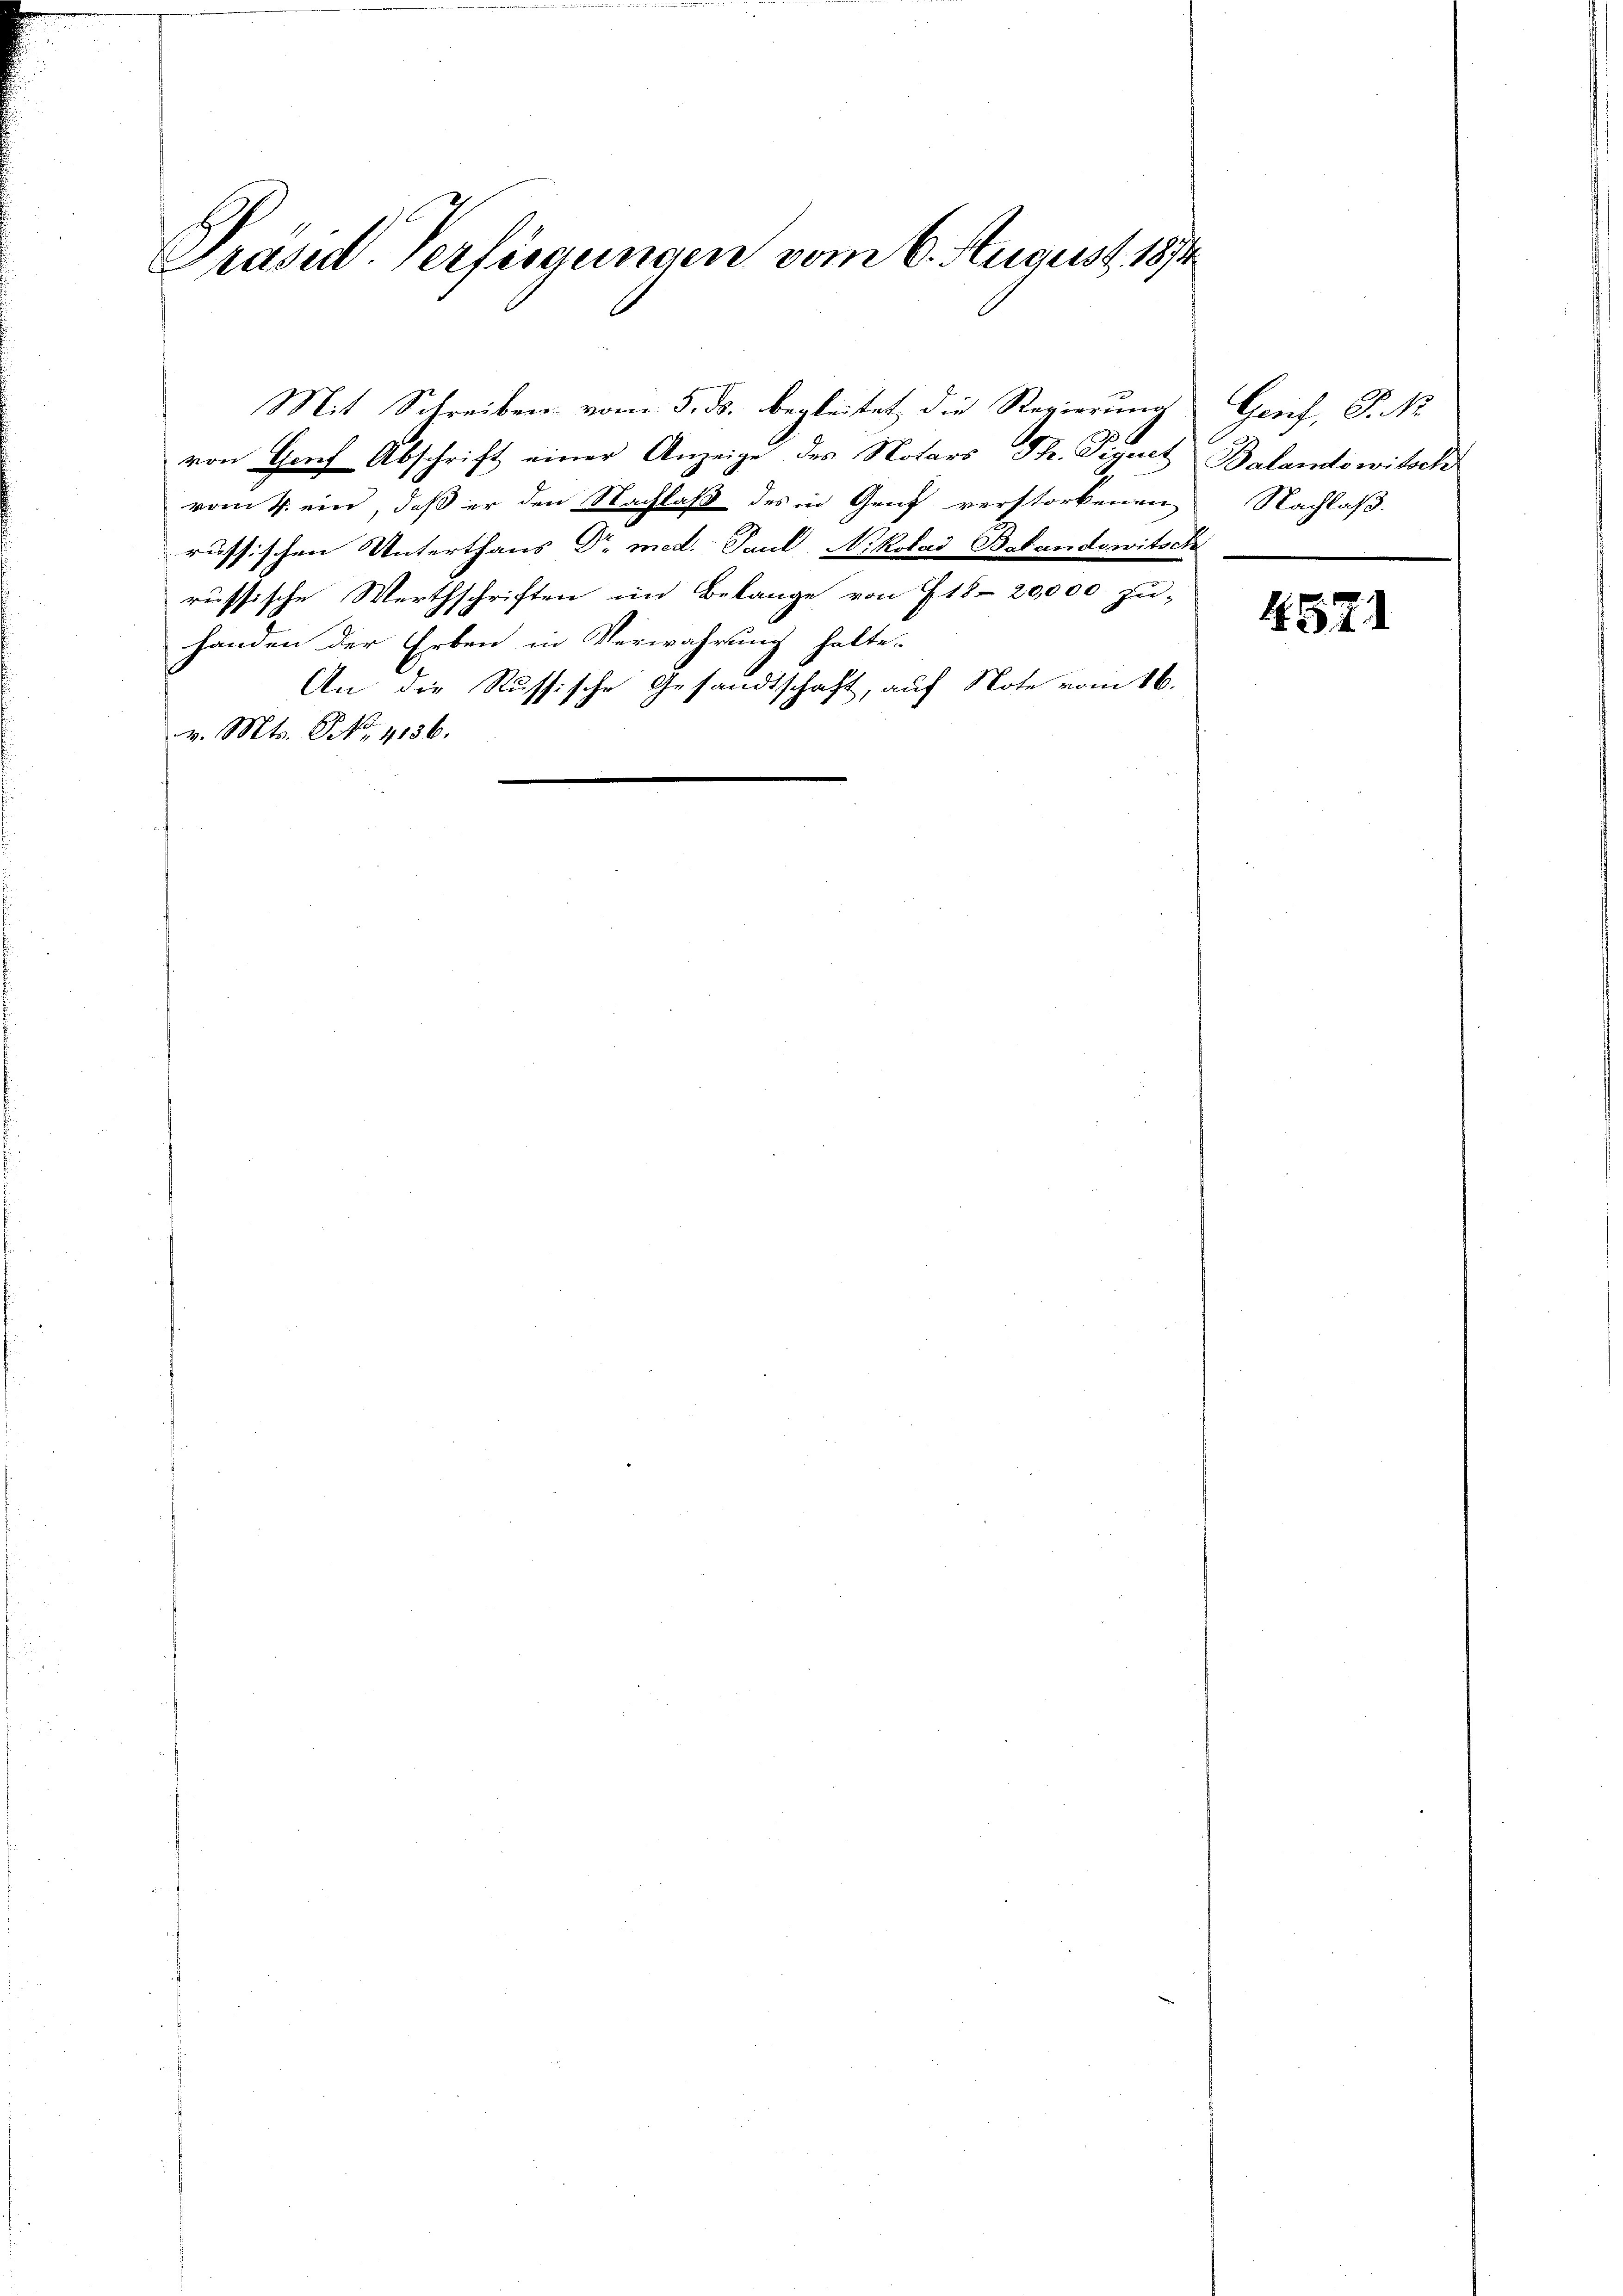
Präsid. Verfügungen vom 6. August 1874

von Genf Abschrift einer Anzeige des Notars Th. Signet Balandowitsch
vom 4. ein, daβ er den Nachlaβ des in Genf verstorbenen Nachlaβ
russischen Unterthans Dr. med. Paul Nikolad B. Landowitsch
russische Werthschriften im Belange von 718 20,000 zu-
handen der Erben in Verwahrung halte.
An die Russische Gesandtschaft, auf Note vom 16.
e
15
.
v. Mts. NNo. 4136.

Mit Schreiben vom 5. ds. begleitet die Regierung Genf, P. Nr.

4571